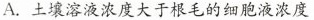
A.土壤溶液浓度大于根毛的细胞液浓度